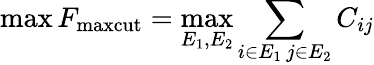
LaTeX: \operatorname*{max}F_{\mathrm{maxcut}}=\operatorname*{max}_{E_{1},E_{2}}\sum_{i\in E_{1}\, j\in E_{2}}C_{ij}